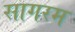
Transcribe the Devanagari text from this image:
सागरम